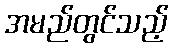
အမည်တွင်သည့်